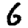
Digit: 6